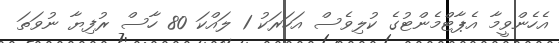
އެހެންވީމާ އެޕާޓްމެންޓުގެ ކުލިވެސް އަހަރަކު 1 ލައްކަ 80 ހާސް ރުފިޔާ ނުވަތަ